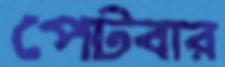
পেটবার